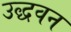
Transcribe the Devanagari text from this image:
उद्धवन